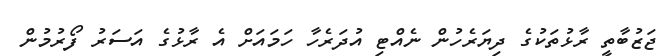
ޖަޒުބާތީ ރާޅުތަކުގެ ދިޔަރެހުން ނެއްޓި އުދަރެހާ ހަމައަށް އެ ރާޅުގެ އަސަރު ފޯރުމުން